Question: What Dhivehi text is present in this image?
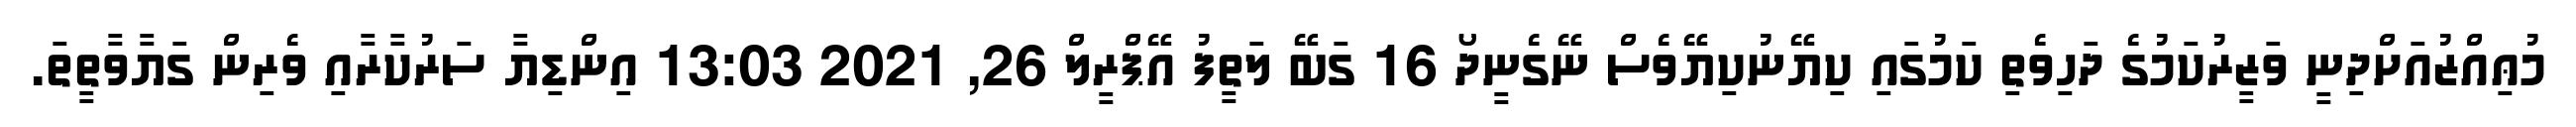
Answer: މުޢިއްޒުއަށްދިނީ ވަޒީރުކަމުގެ ދަހިވެތި ކަމުގައި ކިޔޭނުކިޔޭވެސް ނޭގެނީދޯ 16 ގަބޭ ލަތީފު އޭޕްރީލް 26, 2021 13:03 އިންޑިޔާ ސަރުކާރާއި ވެރިން ގަޔާވާތީތަ.